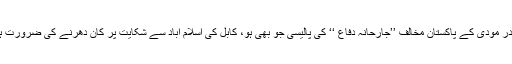
نریندر مودی کے پاکستان مخالف ’’جارحانہ دفاع ‘‘ کی پالیسی جو بھی ہو، کابل کی اسلام آباد سے شکایت پر کان دھرنے کی ضرورت ہے ۔